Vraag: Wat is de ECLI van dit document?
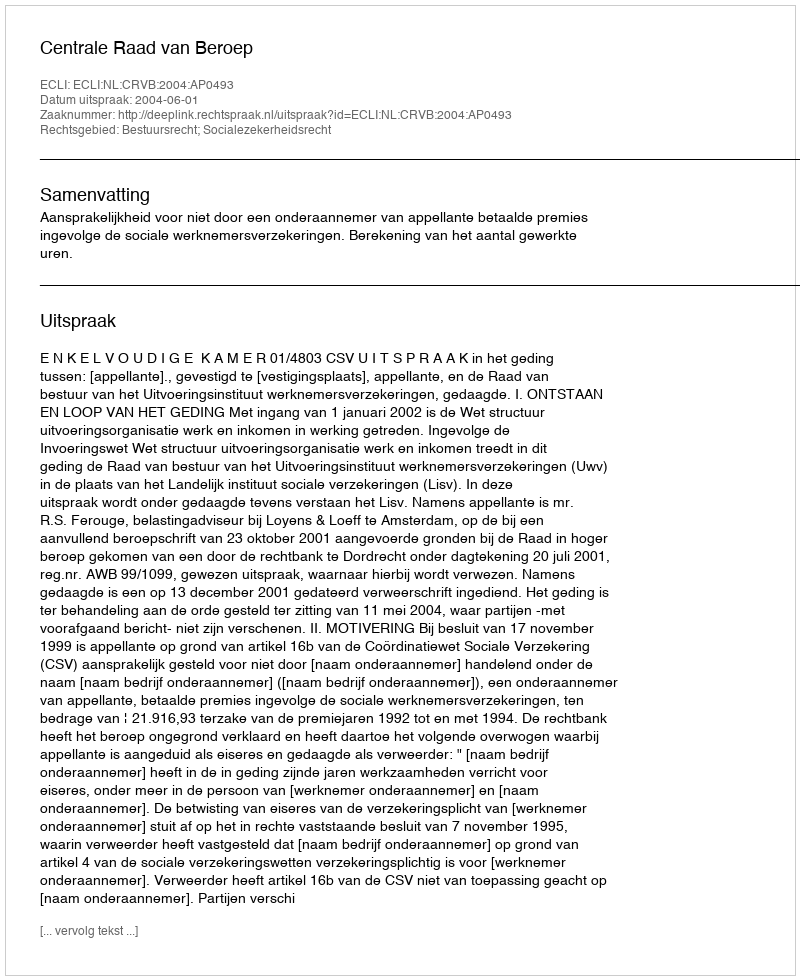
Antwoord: ECLI:NL:CRVB:2004:AP0493